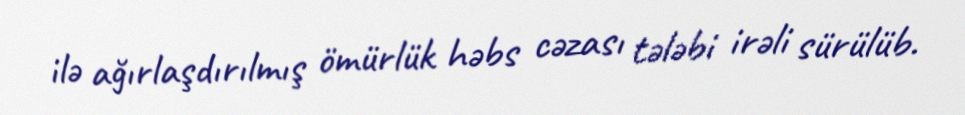
ilə ağırlaşdırılmış ömürlük həbs cəzası tələbi irəli sürülüb.